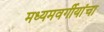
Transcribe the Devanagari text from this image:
मध्यमवर्गीयांचा